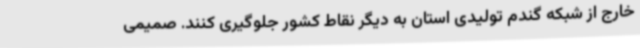
خارج از شبکه گندم تولیدی استان به دیگر نقاط کشور جلوگیری کنند. صمیمی